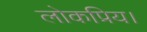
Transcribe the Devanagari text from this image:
लोकप्रिय।